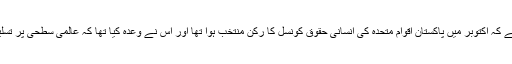
ایمنسٹی انٹرنیشنل کے بیان میں کہا گیا ہے کہ اکتوبر میں پاکستان اقوامِ متحدہ کی انسانی حقوق کونسل کا رکن منتخب ہوا تھا اور اس نے وعدہ کیا تھا کہ عالمی سطحی پر تسلیم شدہ انسانی حقوق کا تحفظ کیا جائے گا۔